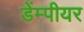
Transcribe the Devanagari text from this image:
डेंम्पीयर